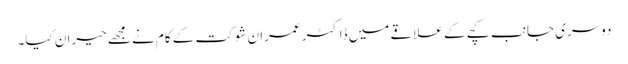
دوسری جانب کچے کے علاقے میں ڈاکٹر عمران شوکت کے کام نے مجھے حیران کیا۔